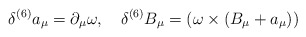
\begin{align*}\delta^{(6)} a_{\mu} = \partial_{\mu} \omega, \quad\delta^{(6)} B_{\mu} = (\omega \times (B_{\mu}+a_{\mu}))\end{align*}